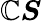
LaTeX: {\boldsymbol{\mathbb{C}}}{\boldsymbol{S}}